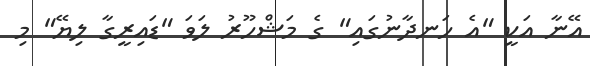
އޭނާ އަކީ "އެ ހަނދާނުގައި" ގެ މަޝްހޫރު ލަވަ "ޑައިރީގާ ލިޔޭ" މި